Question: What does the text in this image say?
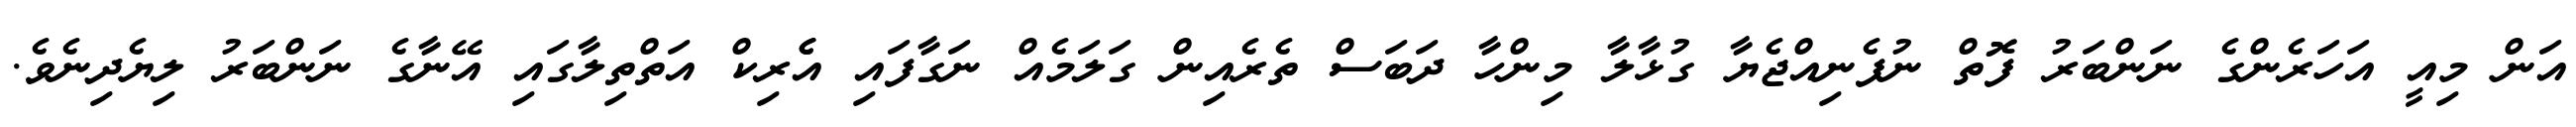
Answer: އަން މިއީ އަހަރެންގެ ނަންބަރު ފޮތް ނުފެނިއްޖެޔާ ގުޅާލާ މިންހާ ދަބަސް ތެރެއިން ގަލަމެއް ނަގާފައި އެެރިކް އަތްތިލާގައި އޭނާގެ ނަންބަރު ލިޔެދިނެވެ.